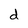
Character: d